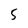
Character: 5